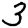
Digit: 3